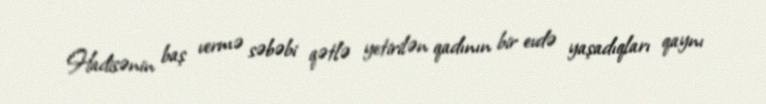
Hadisənin baş vermə səbəbi qətlə yetirilən qadının bir evdə yaşadıqları qaynı